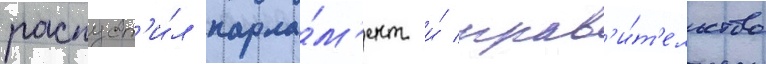
распуст'и́л парла́м'ент и́ прав'и́т'ельство